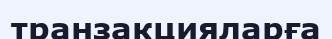
транзакцияларға